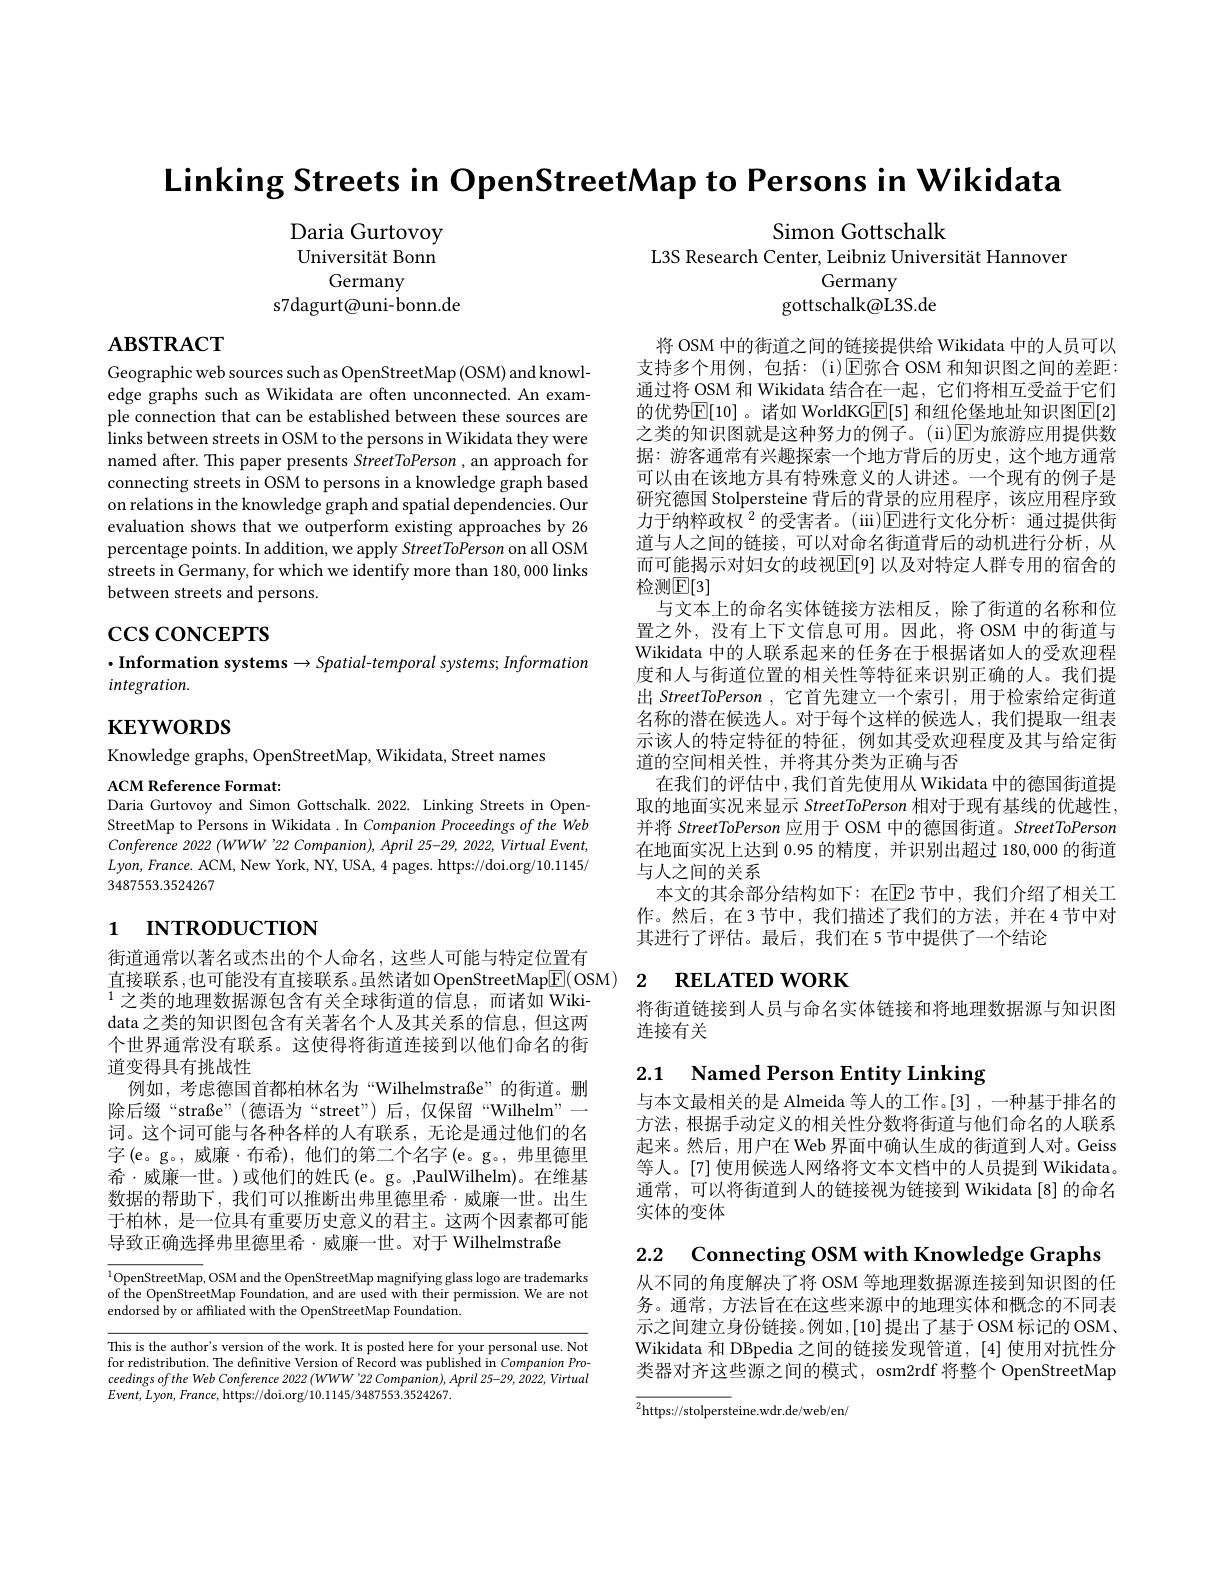
Linking Streets in OpenStreetMap to Persons in Wikidata

Simon Gottschalk

Daria Gurtovoy Universität Bonn
Germany
s7dagurt@uni-bonn.de

L3S Research Center, Leibniz Universität Hannover
Germany
gottschalk@L3S.de

$\mathbf{ABSTRACT}$

Geographic web sources such as OpenStreetMap (OSM) and knowledge graphs such as Wikidata are often unconnected. An example connection that can be established between these sources are links between streets in OSM to the persons in Wikidata they were named after. This paper presents StreetToPerson , an approach for connecting streets in OSM to persons in a knowledge graph based on relations in the knowledge graph and spatial dependencies. Our evaluation shows that we outperform existing approaches by 26 percentage points. In addition, we apply StreetToPerson on all OSM streets in Germany, for which we identify more than 180, 000 links between streets and persons.

$\csc\cos$coNCEPTS

将 OSM 中的街道之间的链接提供给 Wikidata 中的人员可以支持多个用例，包括：(i)$\operatorname{E}$弥合 OSM 和知识图之间的差距： 通过将 OSM 和 Wikidata 结合在一起，它们将相互受益于它们的优势$\boxed{\mathbb{E}}[10]$ 。诸如 WorldKG$\boxed{\mathbb{E}}[5]$ 和纽伦堡地址知识图$\boxed{\mathbb{E}}[2]$ 之类的知识图就是这种努力的例子。(ii)[E]为旅游应用提供数据：游客通常有兴趣探索一个地方背后的历史，这个地方通常可以由在该地方具有特殊意义的人讲述。一个现有的例子是研究德国 Stolpersteine 背后的背景的应用程序，该应用程序致力于纳粹政权 $^2$ 的受害者。(iii)$\mathbb{E}$进行文化分析：通过提供街道与人之间的链接，可以对命名街道背后的动机进行分析，从而可能揭示对妇女的歧视$\mathbb{E}[9]$ 以及对特定人群专用的宿舍的检测$\mathbb{E}[3]$
与文本上的命名实体链接方法相反，除了街道的名称和位置之外，没有上下文信息可用。因此，将 OSM 中的街道与Wikidata 中的人联系起来的任务在于根据诸如人的受欢迎程度和人与街道位置的相关性等特征来识别正确的人。我们提出 StreetToPerson , 它首先建立一个索引，用于检索给定街道名称的潜在候选人。对于每个这样的候选人，我们提取一组表示该人的特定特征的特征，例如其受欢迎程度及其与给定街道的空间相关性，并将其分类为正确与否
在我们的评估中，我们首先使用从 Wikidata 中的德国街道提取的地面实况来显示 StreetToPerson 相对于现有基线的优越性， 并将 StreetToPerson 应用于 OSM 中的德国街道。StreetToPerson 在地面实况上达到 0.95 的精度，并识别出超过 180,000 的街道与人之间的关系
本文的其余部分结构如下：在$\mathbb{E}$2 节中，我们介绍了相关工作。然后，在3节中，我们描述了我们的方法，并在4节中对其进行了评估。最后，我们在 5 节中提供了一个结论

$\cdot$Information systems$\to Spatial-temporal$ systems; Information
integration.

$\mathbf{KEYWORDS}$

Knowledge graphs, OpenStreetMap, Wikidata, Street names

ACM Reference Format:
Daria Gurtovoy and Simon Gottschalk.2022. Linking Streets in OpenStreetMap to Persons in Wikidata . In Companion Proceedings of the Web Conference 2022 (WWW'22 Companion), April 25-29, 2022, Virtual Event, $$Lyon,France.$ ACM, New York, NY, USA, 4 pages. https://doi.org/10.1145/$ 3487553.3524267

# 1 INTRODUCTION

# 直接联系，也可能没有直接联系。虽然诸如 OpenStreetMap$\underline{\mathrm{E}}($OSM) 2 RELATED WORK

将街道链接到人员与命名实体链接和将地理数据源与知识图
连接有关

2.1 Named Person Entity Linking

街道通常以著名或杰出的个人命名，这些人可能与特定位置有$^{1}$之类的地理数据源包含有关全球街道的信息，而诸如 Wikidata 之类的知识图包含有关著名个人及其关系的信息，但这两个世界通常没有联系。这使得将街道连接到以他们命名的街道变得具有挑战性
例如，考虑德国首都柏林名为“Wilhelmstraße”的街道。删除后缀“straße”(德语为“street”) 后，仅保留“Wilhelm”— 词。这个词可能与各种各样的人有联系，无论是通过他们的名字(e。g。,威廉·布希),他们的第二个名字(e。g。,弗里德里$\begin{aligned}\text{希·威廉一世。)或他们的姓氏(e。g。,PaulWilhelm)。在维基}\end{aligned}$ 数据的帮助下，我们可以推断出弗里德里希·威廉一世。出生于柏林，是一位具有重要历史意义的君主。这两个因素都可能导致正确选择弗里德里希·威廉一世。对于 Wilhelmstraße

与本文最相关的是 Almeida 等人的工作。[3] ,一种基于排名的方法，根据手动定义的相关性分数将街道与他们命名的人联系起来。然后，用户在 Web 界面中确认生成的街道到人对。Geiss 等人。[7] 使用候选人网络将文本文档中的人员提到 Wikidata。通常，可以将街道到人的链接视为链接到 Wikidata[8]的命名实体的变体

2.2 Connecting OSM with Knowledge Graphs

$^{1}$OpenStreetMap, OSM and the OpenStreetMap magnifying glass logo are trademarks of the OpenStreetMap Foundation, and are used with their permission. We are not endorsed by or affiliated with the OpenStreetMap Foundation.

从不同的角度解决了将 OSM 等地理数据源连接到知识图的任务。通常，方法旨在在这些来源中的地理实体和概念的不同表示之间建立身份链接。例如，[10]提出了基于OSM 标记的 OSM、 Wikidata 和 DBpedia 之间的链接发现管道，[4] 使用对抗性分类器对齐这些源之间的模式，osm2rdf 将整个 OpenStreetMap

This is the author's version of the work. It is posted here for your personal use. Not for redistribution. The definitive Version of Record was published in Companion Proceedings of the Web Conference 2022 (WWW'22 Companion), April 25-29, 2022, Virtual $$Event,Lyon,France$, https://doi.org/10.1145/3487553.3524267.$

$\overline{{^{2}\text{https:}//\text{stolperst}}}$eine.wdr.de/web/en/